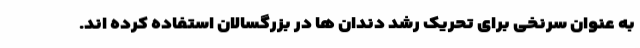
به عنوان سرنخی برای تحریک رشد دندان ها در بزرگسالان استفاده کرده اند.